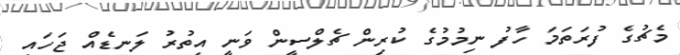
މެޗުގެ ފުރަތަމަ ހާފު ނިމުމުގެ ކުރިން ޗެލްސީން ވަނީ އިތުރު ލަނޑެއް ޖަހައި